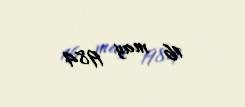
16 may 1984